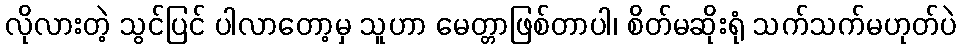
လိုလားတဲ့ သွင်ပြင် ပါလာတော့မှ သူဟာ မေတ္တာဖြစ်တာပါ၊ စိတ်မဆိုးရုံ သက်သက်မဟုတ်ပဲ